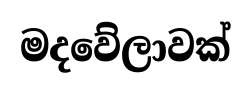
මදවේලාවක්